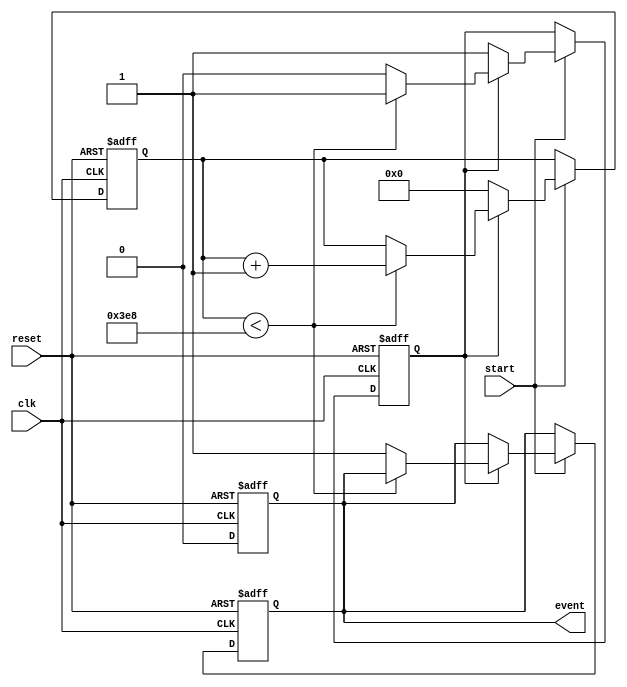
module timer_event_control #(
    parameter TIME_INTERVAL = 1000  // Default time interval in simulation time units
)(
    input wire clk,                 // Clock signal
    input wire start,               // Start signal
    input wire reset,               // Reset signal
    output reg event                // Event signal
);

    reg [31:0] counter;             // 32-bit counter for timing
    reg counting;                   // State flag for counting

    // Always block to handle timer events
    always @(posedge clk or posedge reset) begin
        if (reset) begin
            counter <= 0;           // Reset counter to 0
            event <= 0;            // Reset event signal
            counting <= 0;         // Stop counting
        end else begin
            if (start) begin
                if (~counting) begin
                    counter <= 0;   // Start from 0 when starting
                    counting <= 1;  // Indicate that counting has started
                end else begin
                    if (counter < TIME_INTERVAL) begin
                        counter <= counter + 1; // Increment the counter
                    end else begin
                        event <= 1; // Trigger the event signal
                        counting <= 0; // Stop counting
                    end
                end
            end else if (counting) begin
                // If counting is ongoing and no start signal, do nothing
            end
        end
    end

    // Always block to handle event signal duration
    always @(posedge clk or posedge reset) begin
        if (reset) begin
            event <= 0; // Reset event signal
        end else if (event) begin
            // Keep the event asserted for one clock cycle
            // It will automatically deassert on next clock cycle
            // Can be modified to hold based on design needs
            event <= 0; // Deassert event signal after one clock cycle
        end
    end

endmodule